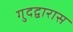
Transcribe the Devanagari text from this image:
गुदद्वारास